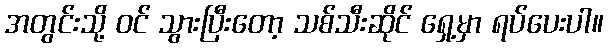
အတွင်းသို့ ဝင် သွားပြီးတော့ သစ်သီးဆိုင် ရှေ့မှာ ရပ်ပေးပါ။